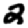
Digit: 2